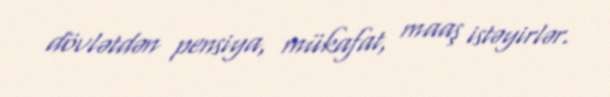
dövlətdən pensiya, mükafat, maaş istəyirlər.